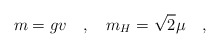
\begin{align*}m=gv \quad , \quad m_H=\sqrt{2} \mu \quad ,\end{align*}